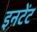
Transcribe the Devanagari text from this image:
इनटेंट